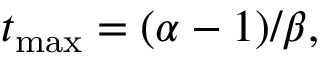
t _ { \mathrm { m a x } } = ( \alpha - 1 ) / \beta ,